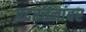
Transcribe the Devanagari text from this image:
पदरचनांवर